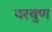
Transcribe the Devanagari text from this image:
वरबुण